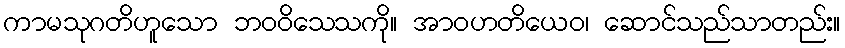
ကာမသုဂတိဟူသော ဘဝဝိသေသကို။ အာဝဟတိယေဝ၊ ဆောင်သည်သာတည်း။